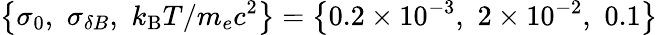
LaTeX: \left\{ \sigma_{0},\, \, \sigma_{\delta B},\, \, k_{\mathrm{B}}T/m_{e}c^{2}\right\} =\left\{ 0.2\times 10^{-3},\, \, 2\times 10^{-2},\, \, 0.1\right\}